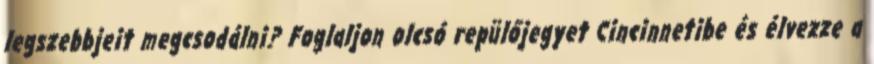
legszebbjeit megcsodálni? Foglaljon olcsó repülőjegyet Cincinnetibe és élvezze a